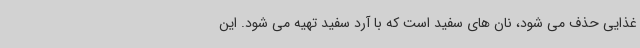
غذایی حذف می شود، نان های سفید است که با آرد سفید تهیه می شود. این